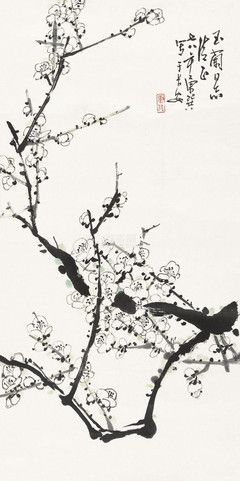
山边幽谷水边村，曾被疏花断客魂。